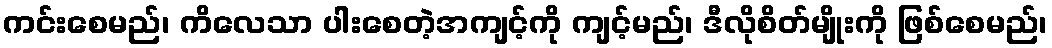
ကင်းစေမည်၊ ကိလေသာ ပါးစေတဲ့အကျင့်ကို ကျင့်မည်၊ ဒီလိုစိတ်မျိုးကို ဖြစ်စေမည်၊